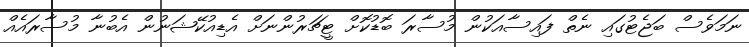
ނަމަވެސް ބަޖެޓުގައި ނެތް ފައިސާއަކުން މުސާރަ ބޮޑުކޮށް ޓީޗަރުންނަށް އެޑިއުކޭޝަނުން އެބުނާ މުސާރައެއް